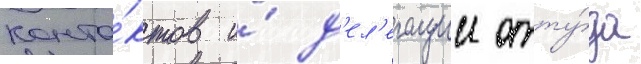
конта́ктов и́ д'ел'егации отту́да